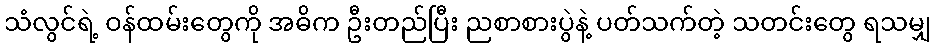
သံလွင်ရဲ့ ဝန်ထမ်းတွေကို အဓိက ဦးတည်ပြီး ညစာစားပွဲနဲ့ ပတ်သက်တဲ့ သတင်းတွေ ရသမျှ